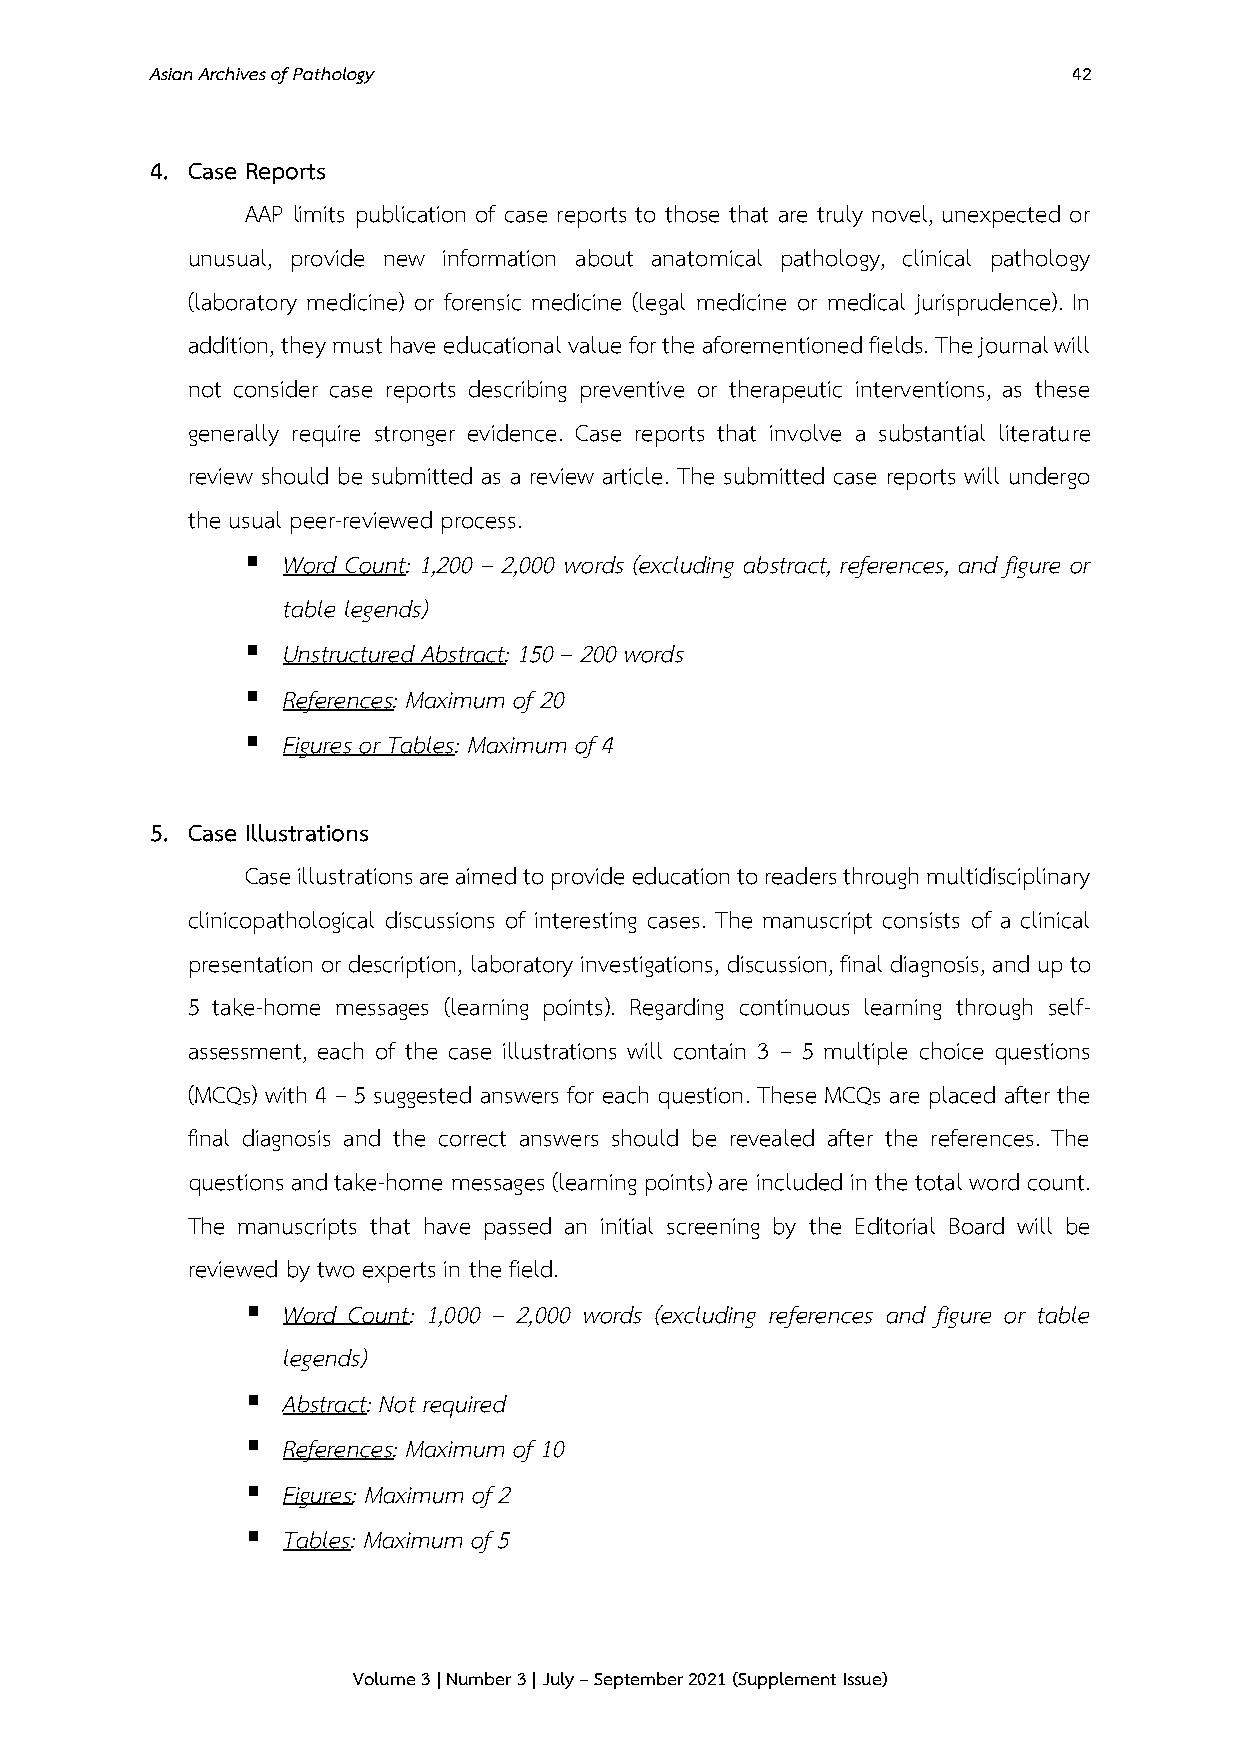
Asian Archives of Pathology                                  42
 4. Case Reports
 AAP limits publication of case reports to those that are truly novel, unexpected or
 unusual, provide new information about anatomical pathology, clinical pathology
 (laboratory medicine) or forensic medicine (legal medicine or medical jurisprudence). In
 addition, they must have educational value for the aforementioned fields. The journal will
 not consider case reports describing preventive or therapeutic interventions, as these
 generally require stronger evidence. Case reports that involve a substantial literature
 review should be submitted as a review article. The submitted case reports will undergo
 the usual peer-reviewed process.
 ▪  Word Count: 1,200 – 2,000 words (excluding abstract, references, and figure or
 table legends)
 ▪  Unstructured Abstract: 150 – 200 words
 ▪  References: Maximum of 20
 ▪  Figures or Tables: Maximum of 4
 5. Case Illustrations
 Case illustrations are aimed to provide education to readers through multidisciplinary
 clinicopathological discussions of interesting cases. The manuscript consists of a clinical
 presentation or description, laboratory investigations, discussion, final diagnosis, and up to
 5 take-home messages (learning points). Regarding continuous learning through self-
 assessment, each of the case illustrations will contain 3 – 5 multiple choice questions
 (MCQs) with 4 – 5 suggested answers for each question. These MCQs are placed after the
 final diagnosis and the correct answers should be revealed after the references. The
 questions and take-home messages (learning points) are included in the total word count.
 The manuscripts that have passed an initial screening by the Editorial Board will be
 reviewed by two experts in the field.
 ▪  Word Count: 1,000 – 2,000 words (excluding references and figure or table
 legends)
 ▪  Abstract: Not required
 ▪  References: Maximum of 10
 ▪  Figures: Maximum of 2
 ▪  Tables: Maximum of 5
 Volume 3 | Number 3 | July – September 2021 (Supplement Issue)